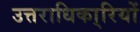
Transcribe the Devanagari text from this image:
उत्तराधिका्रियों